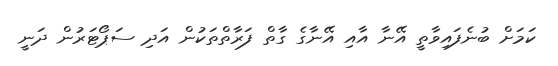
ކަމަށް ބުނެފައިވާތީ އޭނާ އާއި އޭނާގެ ގާތް ފަރާތްތަކުން އަދި ސަޕޯޓަރުން ދަނީ